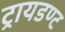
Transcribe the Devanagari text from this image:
ट्रायडण्ट